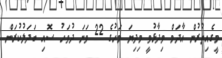
މީގެއިތުރުން އާދަމް ވިދާޅުވީ މިދިޔަ މަހުގެ 22 ވަނަ ދުވަހު ސޮއި ބަދަލުކުރަން